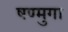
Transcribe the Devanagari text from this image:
षण्मुगा